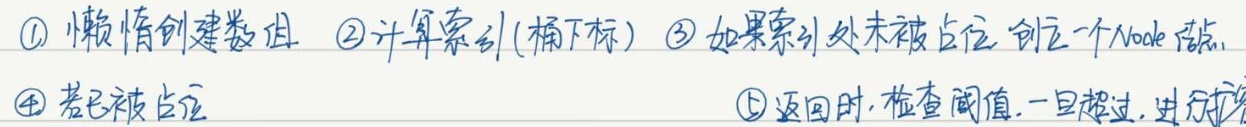
\textcircled{1} 懒惰创建数组
\textcircled{2} 计算索引(桶下标)
\textcircled{3} 如果索引处未被占位, 创建一个Node 节点
\textcircled{4} 若已被占位
\textcircled{5} 返回时, 检查阈值, 一旦超过, 进行扩容